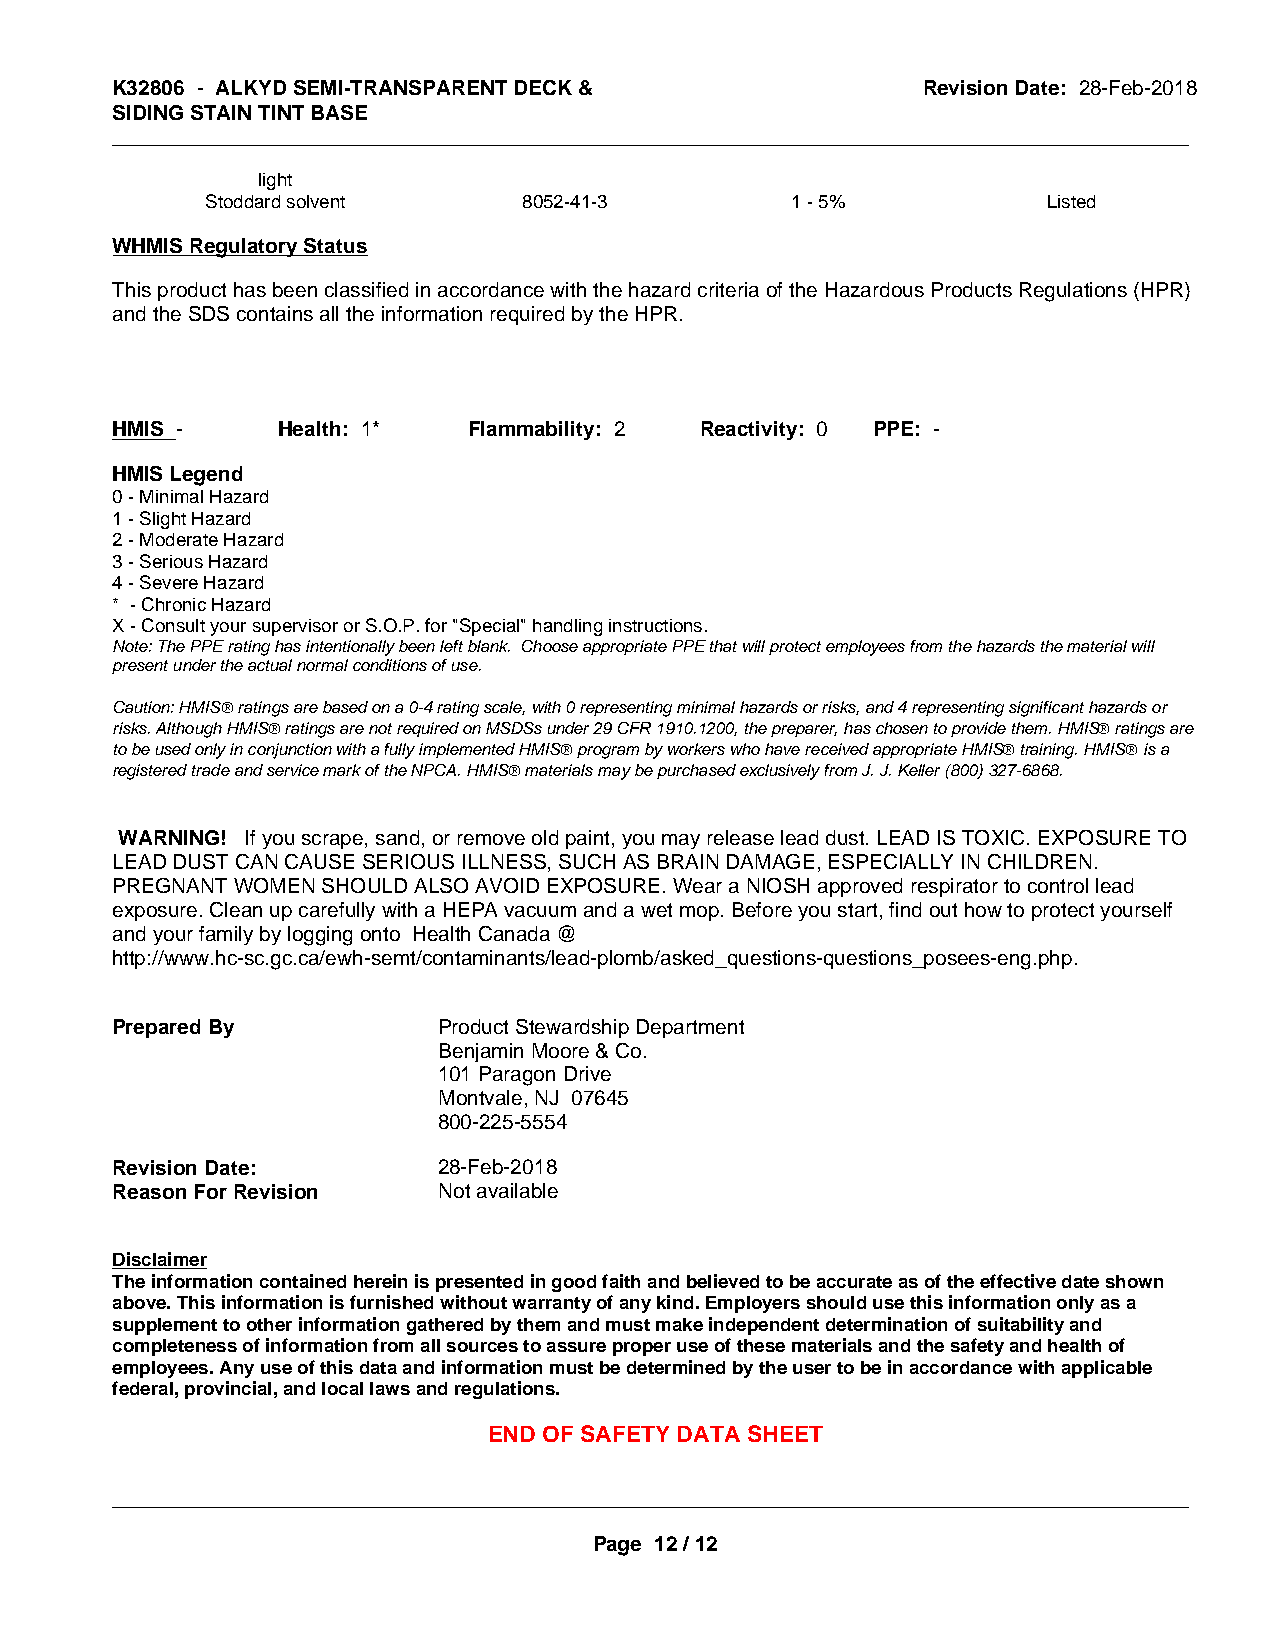
K32806 - ALKYD SEMI-TRANSPARENT DECK &                Revision Date: 28-Feb-2018
 SIDING STAIN TINT BASE
 _____________________________________________________________________________________________
 light
 Stoddard solvent     8052-41-3        1 - 5%           Listed
 WHMIS Regulatory Status
 This product has been classified in accordance with the hazard criteria of the Hazardous Products Regulations (HPR)
 and the SDS contains all the information required by the HPR.
 HMIS -     Health: 1*   Flammability: 2 Reactivity: 0 PPE: -
 HMIS Legend
 0 - Minimal Hazard
 1 - Slight Hazard
 2 - Moderate Hazard
 3 - Serious Hazard
 4 - Severe Hazard
 * - Chronic Hazard
 X - Consult your supervisor or S.O.P. for "Special" handling instructions.
 Note: The PPE rating has intentionally been left blank. Choose appropriate PPE that will protect employees from the hazards the material will
 present under the actual normal conditions of use.
 Caution: HMISÒ ratings are based on a 0-4 rating scale, with 0 representing minimal hazards or risks, and 4 representing significant hazards or
 risks. Although HMISÒ ratings are not required on MSDSs under 29 CFR 1910.1200, the preparer, has chosen to provide them. HMISÒ ratings are
 to be used only in conjunction with a fully implemented HMISÒ program by workers who have received appropriate HMISÒ training. HMISÒ is a
 registered trade and service mark of the NPCA. HMISÒ materials may be purchased exclusively from J. J. Keller (800) 327-6868.
 WARNING! If you scrape, sand, or remove old paint, you may release lead dust. LEAD IS TOXIC. EXPOSURE TO
 LEAD DUST CAN CAUSE SERIOUS ILLNESS, SUCH AS BRAIN DAMAGE, ESPECIALLY IN CHILDREN.
 PREGNANT WOMEN SHOULD ALSO AVOID EXPOSURE. Wear a NIOSH approved respirator to control lead
 exposure. Clean up carefully with a HEPA vacuum and a wet mop. Before you start, find out how to protect yourself
 and your family by logging onto Health Canada @
 http://www.hc-sc.gc.ca/ewh-semt/contaminants/lead-plomb/asked_questions-questions_posees-eng.php.
 Prepared By           Product Stewardship Department
 Benjamin Moore & Co.
 101 Paragon Drive
 Montvale, NJ 07645
 800-225-5554
 Revision Date:        28-Feb-2018
 Reason For Revision   Not available
 Disclaimer
 The information contained herein is presented in good faith and believed to be accurate as of the effective date shown
 above. This information is furnished without warranty of any kind. Employers should use this information only as a
 supplement to other information gathered by them and must make independent determination of suitability and
 completeness of information from all sources to assure proper use of these materials and the safety and health of
 employees. Any use of this data and information must be determined by the user to be in accordance with applicable
 federal, provincial, and local laws and regulations.
 END OF SAFETY DATA SHEET
 _____________________________________________________________________________________________
 Page 12 / 12